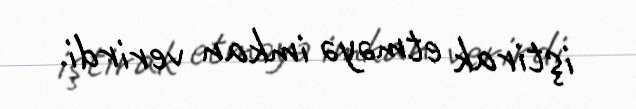
iştirak etməyə imkan verirdi.